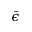
\bar { \epsilon }